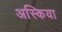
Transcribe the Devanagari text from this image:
अस्किया